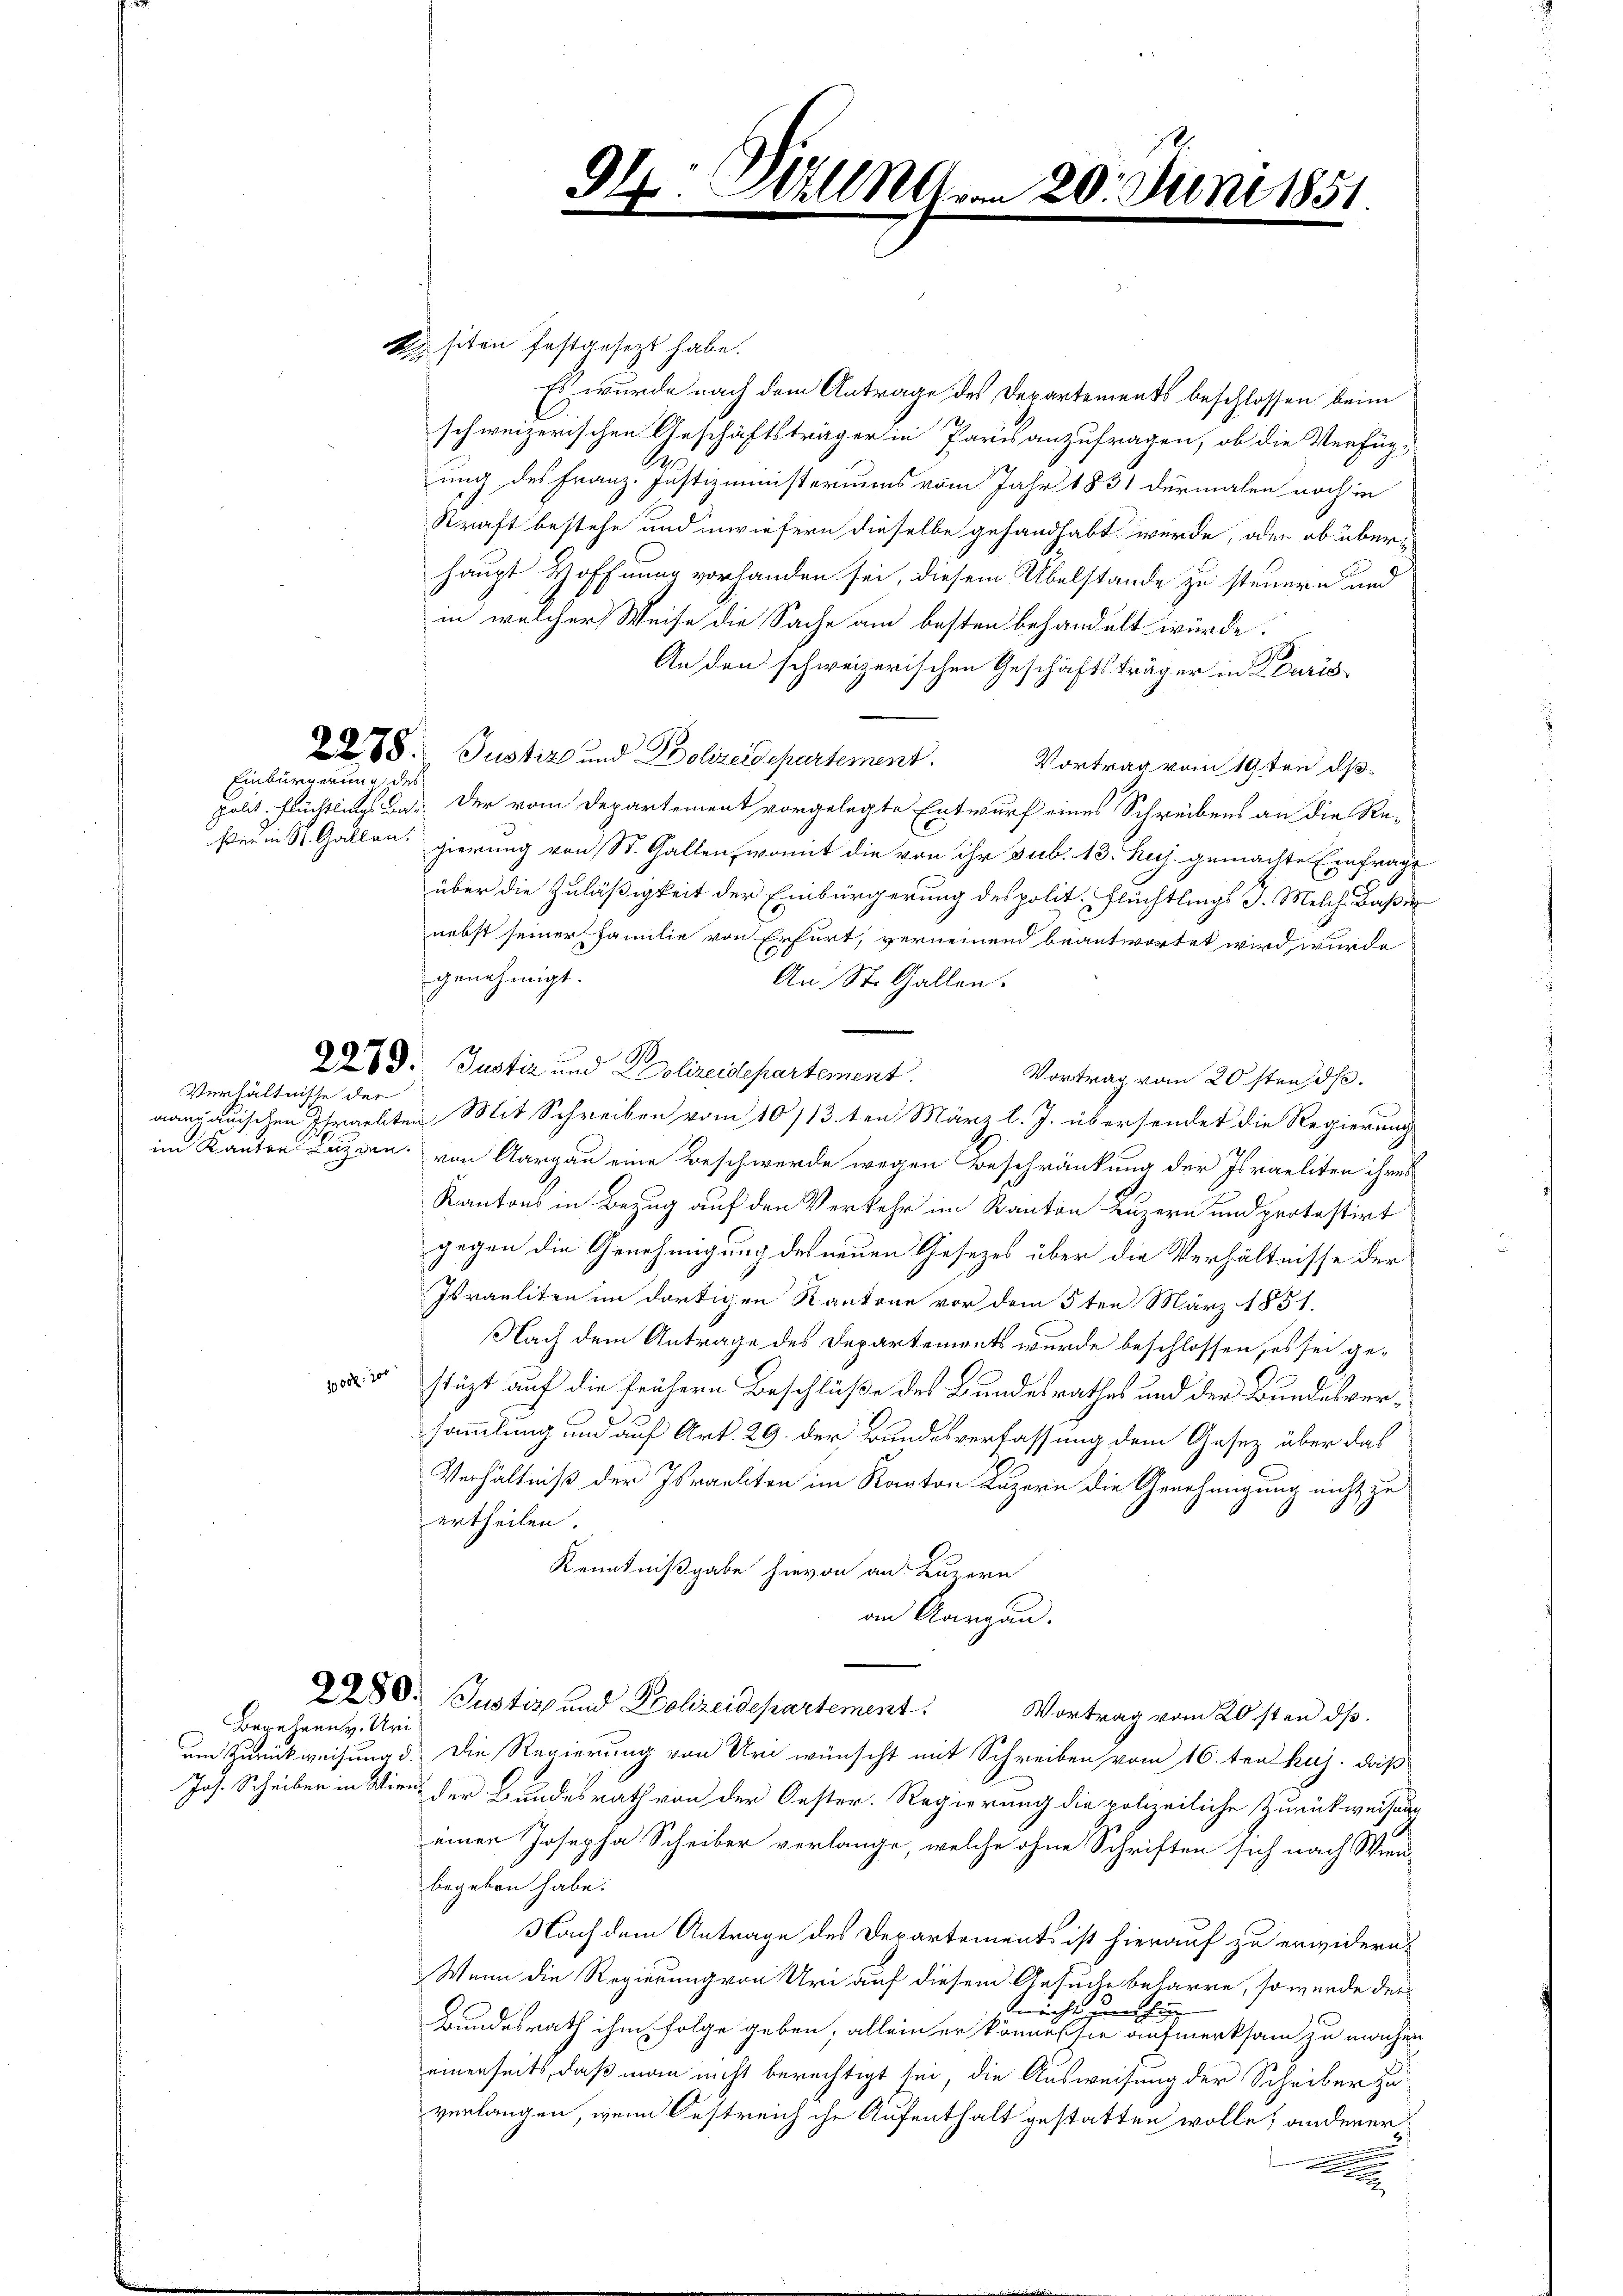
Einbürgerung des

Verhältnisse der

Begehren. Uri

2x siten festgesezt habe.
Es wurde nach dem Antrage des Departements beschlossen beim
schweizerischen Geschäftsträger in Paris anzufragen, ob die Verfüg-
.
ung des Franz. Justizministeriums vom Jahr 1831 dermalen noch in
Kraft bestehe und inwiefern dieselbe gehandhabt werde, oder ob überhaupt Hoffnung vorhanden sei, diesem Übelstande zu steuern und
in welcher Weise die Sache am besten behandelt würde.
An den schweizerischen Geschäftsträger in Paris
218. Justiz und Polizeidepartement. Vortrag vom 19ten ds
polit. Flüchtlings das Der vom Departement vorgelegte Entwurf eines Schreibens an die Re-
ßer in St. Gallen, gierung von St. Gallen, womit die von ihr sub. 13. huj. gemachte Einfrage
über die Zuläßigkeit der Einbürgerung des polit. Flüchtlings J. Melche Baßer
nebst seiner Familie von Erfurt, verneinend beantwortet wird wurde
genehmigt.
An St. Gallen.
29. Justiz und Polizeidepartement.
Vortrag vom 20sten d.
aargauischen Israeliten Mit Schreiben vom 10/13 ten März l. J. übersendet die Regierung
im Kanton Luzern, von Aargau eine Beschwerde wegen Beschränkung der Israeliten ihres
Kantons in Bezug auf den Verkehr im Kanton Luzern und protestirt
gegen die Genehmigung des neuen Gesezes über die Verhältnisse der
Israeliten im dortigen Kantone vor dem 5ten März 1851.
Nach dem Antrage des Departements wurde beschlossen, es sei ge¬
1000. 200
stüzt auf die frühern Beschluße des Bundesrathes und der Bundesversammlung und auf Art. 29. der Bundesverfassung dem Gesetz über das
Verhältniß der Israeliten im Kanton Luzern die Genehmigung nicht zu
ertheilen.
Kenntnißgabe hievon an Luzern
amn Aargau.
280. Justiz und Polizeidepartement. Vortrag vom 20sten ds
um Zurückweisung d. Die Regierung von Uri wünscht mit Schreiben vom 16. ten huj. daß
Jos. Schreiber in Wien, der Bundesrath von der Oester. Regierung die polizeiliche Zurückweisung
einen Josepha Scheiber verlange, welche ohne Schriften sich nach Wien
begeben habe.
Nach dem Antrage des Departements ist hierauf zu erwidern.
Wenn die Regierung von Uri auf diesem Gesuche beharre, so würde der¬
Verricht zu hinge
Bundesrath ihm folge geben; allein er könne, sie aufmerksam zu machen
einerseits, daß man nicht berechtigt sei, die Ausweisung der Scheiber zu
verlangen, wenn Oestreich ihr Aufenthalt gestatten wolle; anderer

Dh. Hall mom 20. Juni 1851
.